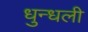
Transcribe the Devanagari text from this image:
धुन्धली